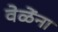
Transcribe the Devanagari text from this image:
वेळेंना